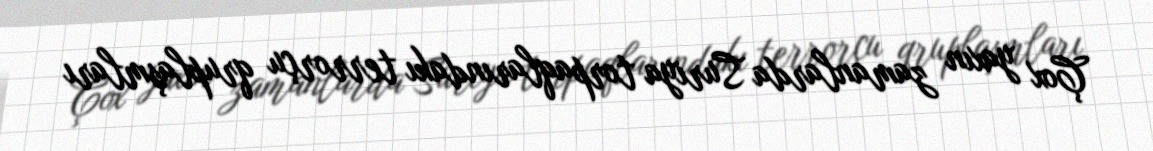
Çox yaxın zamanlarda Suriya torpaqlarındakı terrorçu qruplaşmları